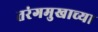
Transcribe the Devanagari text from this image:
तरंगमुखाच्या